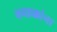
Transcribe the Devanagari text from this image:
वनहक्कांना